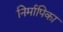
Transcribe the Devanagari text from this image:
निर्मापिका